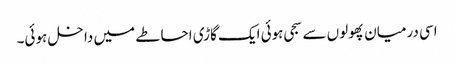
اسی درمیان پھولوں سے سجی ہوئی ایک گاڑی احاطے میں داخل ہوئی۔